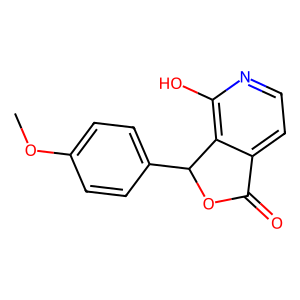
SMILES: COc1ccc(C2OC(=O)c3ccnc(O)c32)cc1
Inhibits HIV replication: No